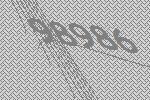
98986